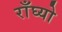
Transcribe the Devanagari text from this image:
राँघ्यो